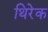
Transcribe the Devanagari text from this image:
थिरेक